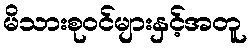
မိသားစုဝင်များနှင့်အတူ